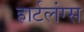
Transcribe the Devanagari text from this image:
हार्टलंग्स